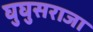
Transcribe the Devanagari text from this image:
घुघुसराजा